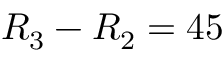
R _ { 3 } - R _ { 2 } = 4 5